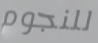
للنجوم